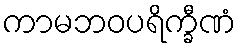
ကာမဘဝပရိက္ခီဏံ